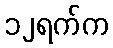
၁၂ရက်က